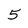
Character: 5